NAE_ERA_R-1665_Eesti_Kunstnike_Liit, lk 13
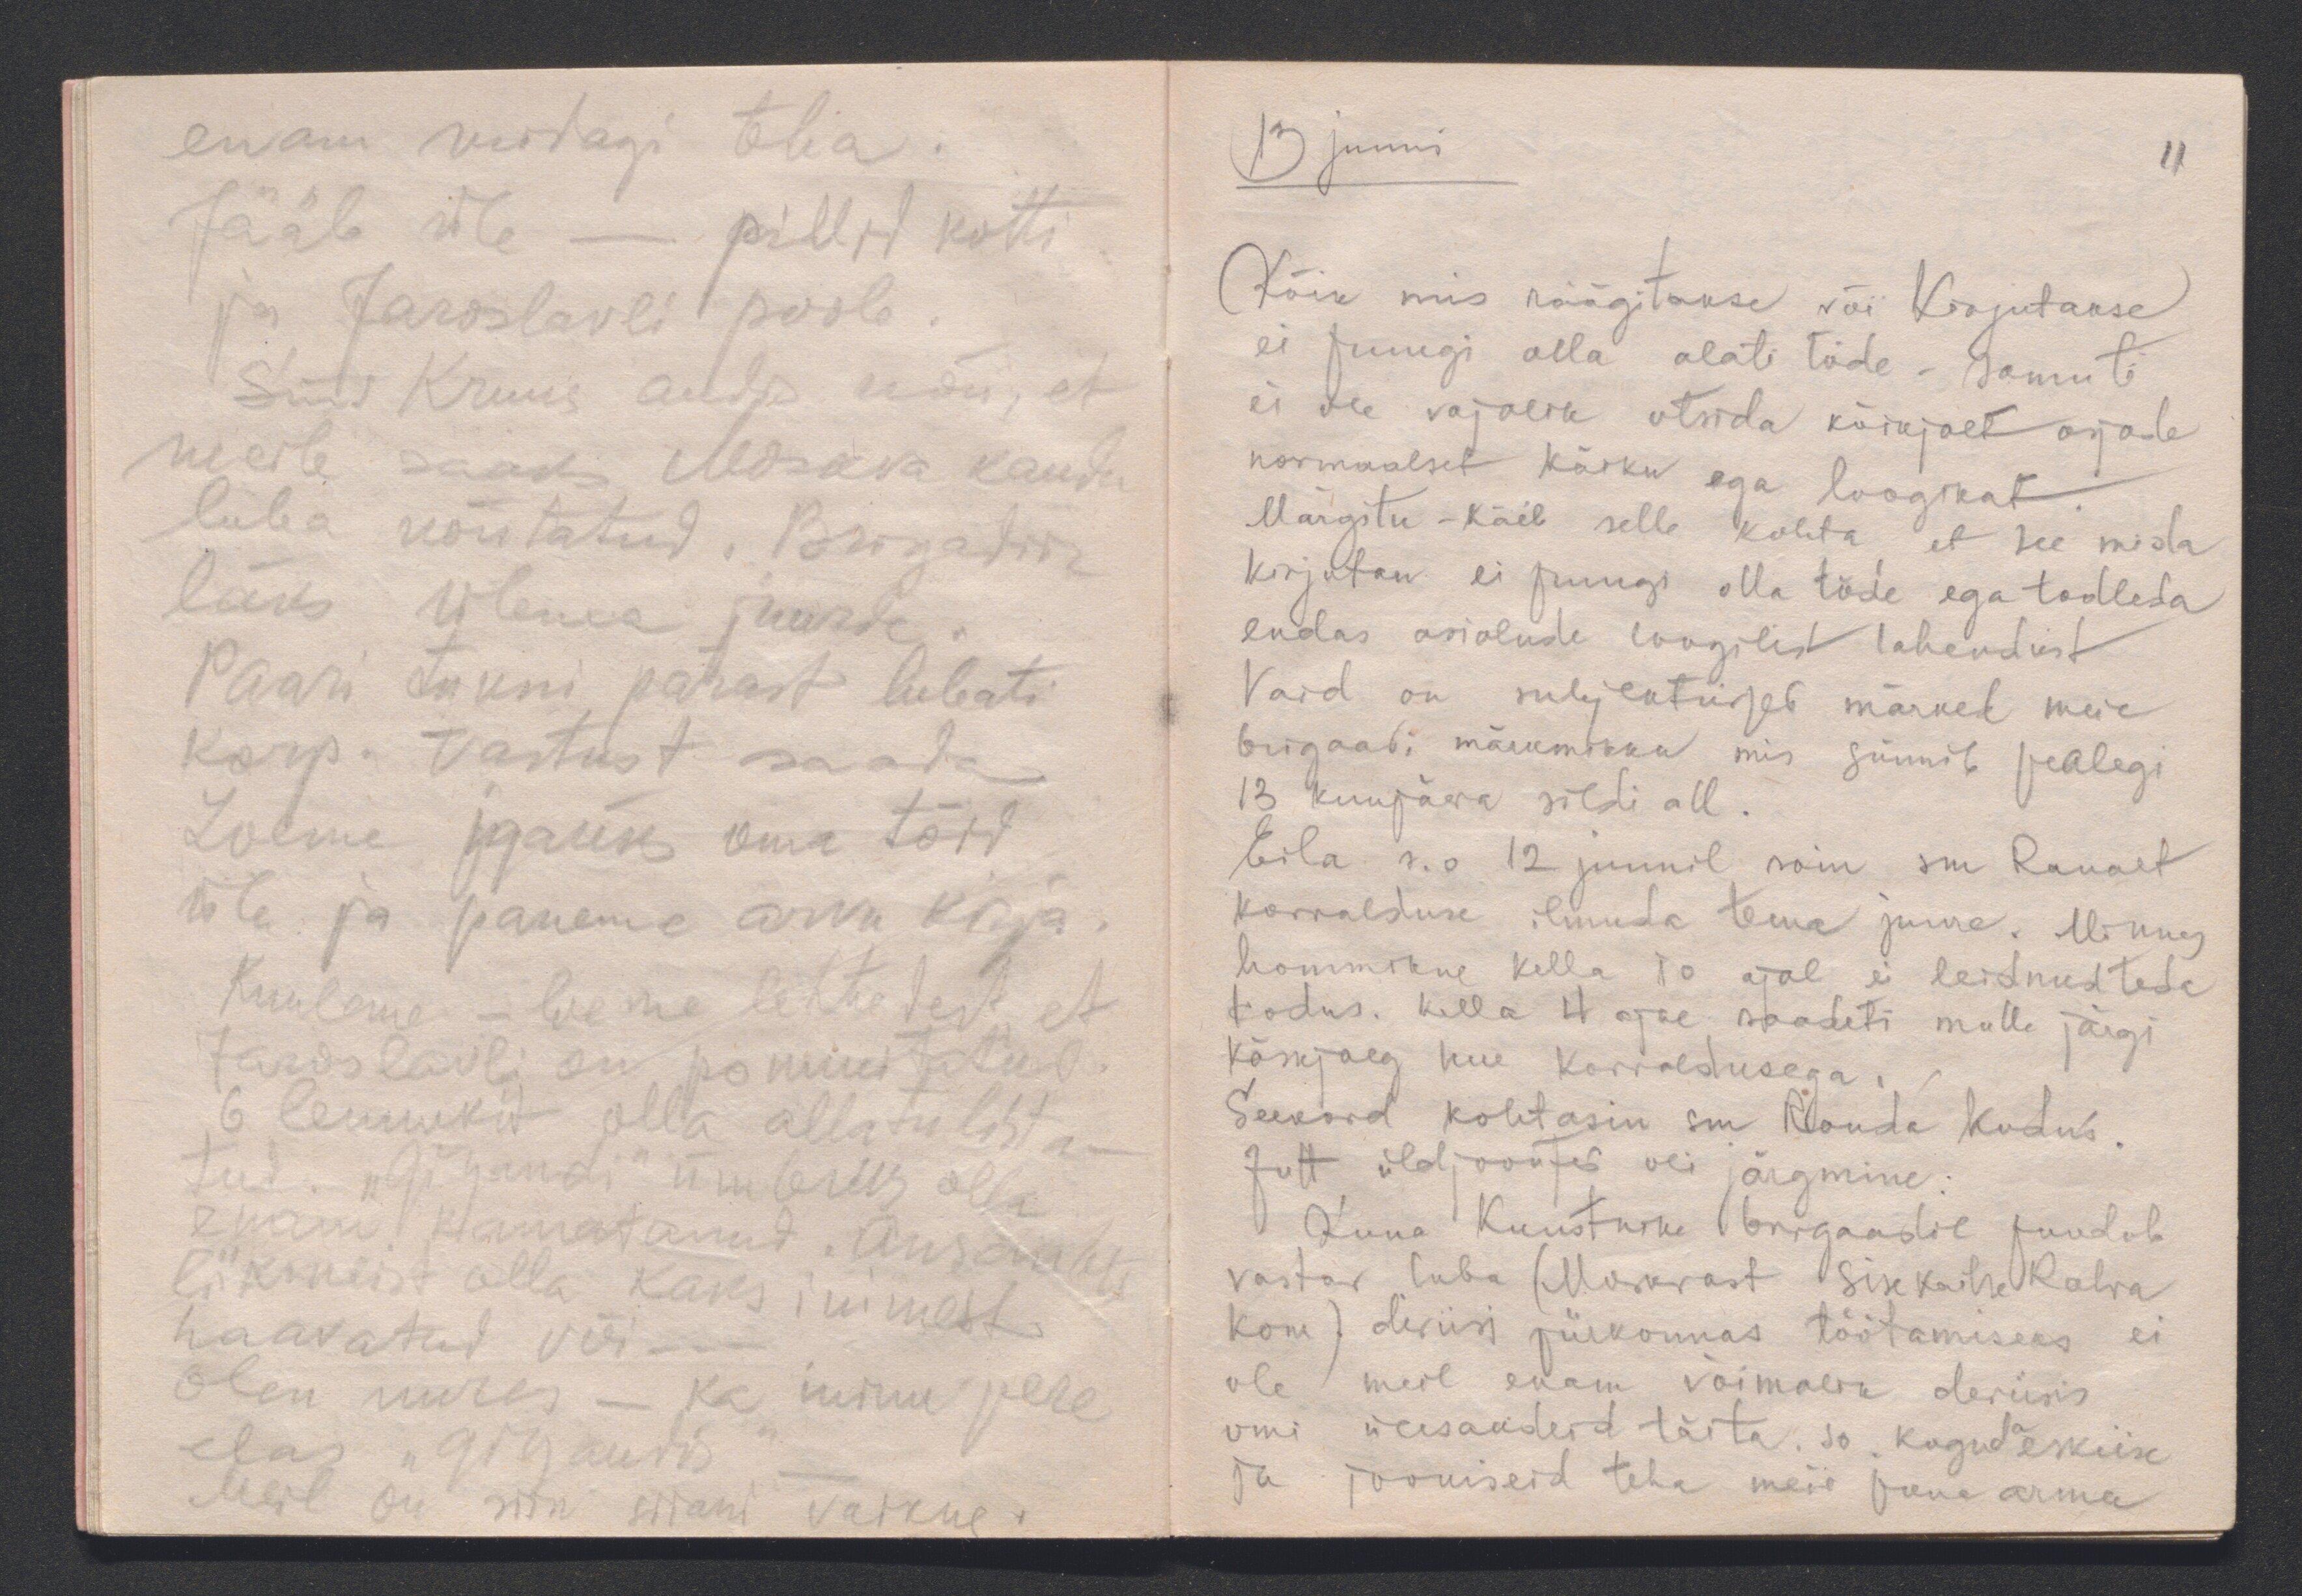
enam midagi teha.
Jääb üle - pillid kotti
ja Jaroslavli poole.
Sms Kruus andis nõu, et
meile saaks Moskva kaudu
luba nõutatud. Brigadiir
läks Ülema juurde.
Paari tunni pärast lubati
korp. vastust saada.
Loeme igaüks oma töid
üle ja paneme arvu kirja.
Kuuleme - loeme lehtedest, et
Jaroslavli on pommitatud.
6 lennukit olla allatulista-
tud. "Gigandi" ümbrus olla
enam kannatanud. Ansambli
liikmeist olla kaks inimest
haavatud või - - -.
Olen mures - ka minu pere
elas "Gigandis". _
Meil on siin siiani vaikne.

13 juuni
11
Kõik mis räägitakse või Kirjutakse
ei pruugi olla alati tõde - samuti
ei ole vajalik otsida kõikjalt asjade
normaalset käiku ega loogikat.
Märgitu - käib selle kohta, et see mida
kirjutan ei pruugi olla tõde ega todleda
endas asiolude loogilist lahendust
Vaid on subjektiivsed märked meie
brigaadi märkmikku mis sünnib pealegi
13 kuupäeva sildi all.
Eila s.o 12 juunil sain sm Raualt
korralduse ilmuda tema juure. Minnes
hommikul kella 10 ajal ei leidnud teda
kodus. Kella 4 ajal saadeti mulle järgi
käskjalg uue korraldusega.
Seekord kohtasin sm Rauda kodus.
Jutt üldjoontes oli järgmine:
Kuna Kunstnike brigaadil puudub
vastav luba (Moskvast Sisekaitse Rahva
Kom) diviisi piirkonnas töötamiseks ei
ole meil enam võimalik deviisis
omi ülesandeid täita. so. koguda eskiise
ja jooniseid teha meie puna armee